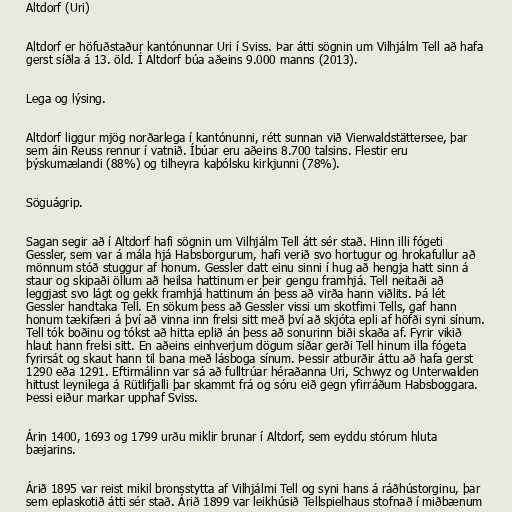
Altdorf (Uri)

Altdorf er höfuðstaður kantónunnar Uri í Sviss. Þar átti sögnin um Vilhjálm Tell að hafa
gerst síðla á 13. öld. Í Altdorf búa aðeins 9.000 manns (2013).

Lega og lýsing.

Altdorf liggur mjög norðarlega í kantónunni, rétt sunnan við Vierwaldstättersee, þar
sem áin Reuss rennur í vatnið. Íbúar eru aðeins 8.700 talsins. Flestir eru
þýskumælandi (88%) og tilheyra kaþólsku kirkjunni (78%).

Söguágrip.

Sagan segir að í Altdorf hafi sögnin um Vilhjálm Tell átt sér stað. Hinn illi fógeti
Gessler, sem var á mála hjá Habsborgurum, hafi verið svo hortugur og hrokafullur að
mönnum stóð stuggur af honum. Gessler datt einu sinni í hug að hengja hatt sinn á
staur og skipaði öllum að heilsa hattinum er þeir gengu framhjá. Tell neitaði að
leggjast svo lágt og gekk framhjá hattinum án þess að virða hann viðlits. Þá lét
Gessler handtaka Tell. En sökum þess að Gessler vissi um skotfimi Tells, gaf hann
honum tækifæri á því að vinna inn frelsi sitt með því að skjóta epli af höfði syni sínum.
Tell tók boðinu og tókst að hitta eplið án þess að sonurinn biði skaða af. Fyrir vikið
hlaut hann frelsi sitt. En aðeins einhverjum dögum síðar gerði Tell hinum illa fógeta
fyrirsát og skaut hann til bana með lásboga sínum. Þessir atburðir áttu að hafa gerst
1290 eða 1291. Eftirmálinn var sá að fulltrúar héraðanna Uri, Schwyz og Unterwalden
hittust leynilega á Rütlifjalli þar skammt frá og sóru eið gegn yfirráðum Habsboggara.
Þessi eiður markar upphaf Sviss.

Árin 1400, 1693 og 1799 urðu miklir brunar í Altdorf, sem eyddu stórum hluta
bæjarins.

Árið 1895 var reist mikil bronsstytta af Vilhjálmi Tell og syni hans á ráðhústorginu, þar
sem eplaskotið átti sér stað. Árið 1899 var leikhúsið Tellspielhaus stofnað í miðbænum